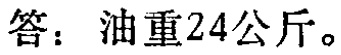
答：油重24公斤。